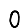
Digit: 0